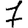
Digit: 7